Statistical return of the lunatic asylum in Assam - 1912-1932
Year: 1912
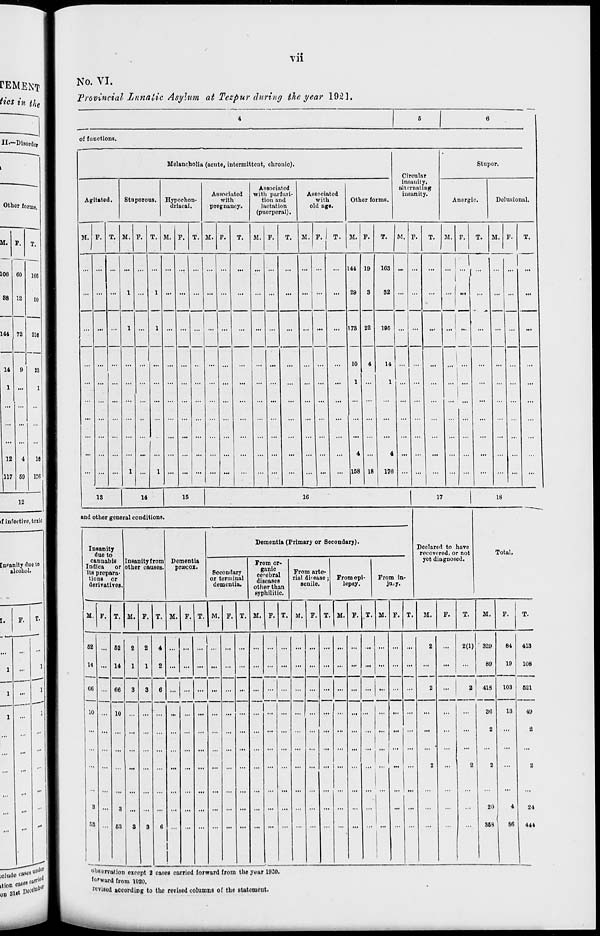
Vll
if infective, toxic
No. VI.
Provincial Lunatic Asylum at Tezpur during the year 1921.
of functions.
Melancholia (acute, intermittent, chronic).
Circular
insanity,
alternating
insanity.
Stupor.
Agitated.
Stuporous. Hypoehon-
driacal.
Associated
with
pregnancy.
Associated
with parturi-
tion and
lactation
(puerperal).
Associated
with
old age.
Other forms.
Anergic.
Delusional.
M. F. T. M. F. T. M. F. T. M. P.
T.
M. F.
T.
M. F. 1 T.
1
M. F.
T.
M. F.
T. M. F.
T. M. F.
T.
... ...
...
1 ...
1 ...
...
...
...
...
...
...
...
... ...
...
144
29
19
3
163
32
... ...
...
| 1
... ^ ...
...
...
...
...
... ...
1
1 ... ...
... ...
...
... ...
... ...
... 173
10
22
4
195 ... ...
...
... j ... ... ... ... ...
...
...
14 ...
...
1... ...
...
...
... ... : ... ...
...
...
... ...
1
...
1
...
...
...
...
...
...
...
... ...
1
...
1
... ...
... ... ...
...
...
...
... |i
...
4
158 18
4
178
...
...
...
...
...
... ...
...
18
14
15
16
17
18
and other general conditions.
Declared to have
recovered, or not
yet diagnosed.
Insanity
due to
cannabis
Indica
or
its prepara-
tions or
derivatives
Insanity from
other causes
Dementia
prtecox.
Dementia (Primary or Secondary).
Total,
Secondary
or terminal
dementia.
From or-
ganic
cerebral
diseases
other than
From arte-
rial disease;
senile.
From epi-
lepsy.
From in-
jury.
sypl liliti
M.
M.
M. F. T. M.
T. M.
M.
M. F. T. M. P. T.
M.
F.
M.
52
14
66
10
66
10
...
—
...
...
...
...
2(1) 329
89
84
19
2 I 418
36
2
103
13
T.
413
108
20
368 1 86
621
49
24
441
observation except 2 cases curried forward from the year 19-0.
toward from 1020.
«vised nccordiDg to the revisod columns of the statement.